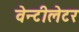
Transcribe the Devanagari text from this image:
वेन्टीलेटर